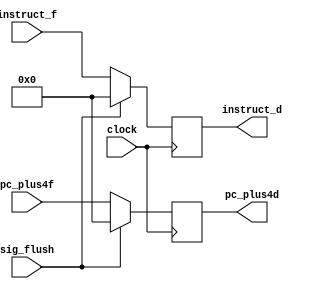
module IF_ID(clock, sig_flush, pc_plus4f, instruct_f, pc_plus4d, instruct_d);
input clock;
input sig_flush;
input [31:0] pc_plus4f;
input [31:0] instruct_f;
output reg[31:0] pc_plus4d;
output reg[31:0] instruct_d;

always@(posedge clock) begin
    if (sig_flush == 1) begin
        instruct_d <= 32'b0;
        pc_plus4d <= 0;
    end
    else begin
        instruct_d <= instruct_f;
        pc_plus4d <= pc_plus4f;
    end
end
endmodule